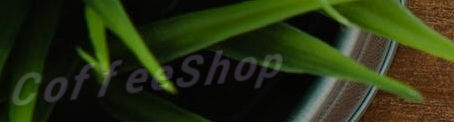
CoffeeShop